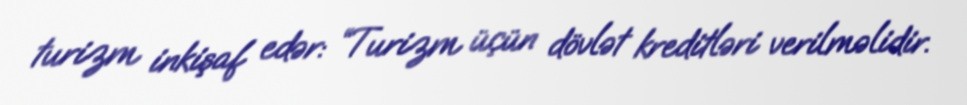
turizm inkişaf edər: “Turizm üçün dövlət kreditləri verilməlidir.